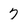
Character: 7